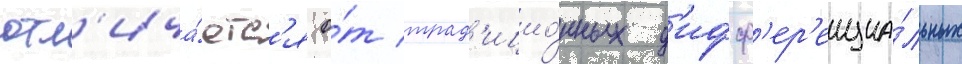
отл'ича́етс'я о́т трад'ицио́нных д'ифф'ер'енциа́льных